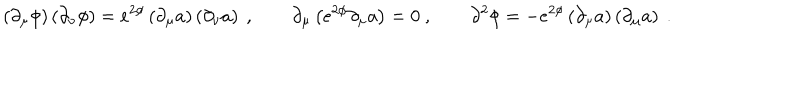
\left( \partial _ { \mu } \phi \right) \left( \partial _ { \nu } \phi \right) = e ^ { 2 \phi } \left( \partial _ { \mu } a \right) \left( \partial _ { \nu } a \right) \ , \qquad \partial _ { \mu } \left( e ^ { 2 \phi } \partial _ { \mu } a \right) = 0 \ , \qquad \partial ^ { 2 } \phi = - e ^ { 2 \phi } \left( \partial _ { \mu } a \right) \left( \partial _ { \mu } a \right) \ .